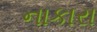
નાકારા